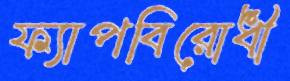
ফ্যাপবিরোধী